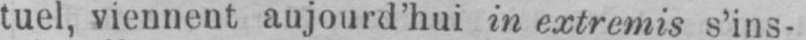
tuel, viennent aujourd’hui in extremis s’ins-